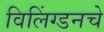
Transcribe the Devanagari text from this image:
विलिंग्डनचे